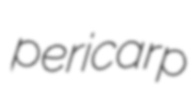
pericarp